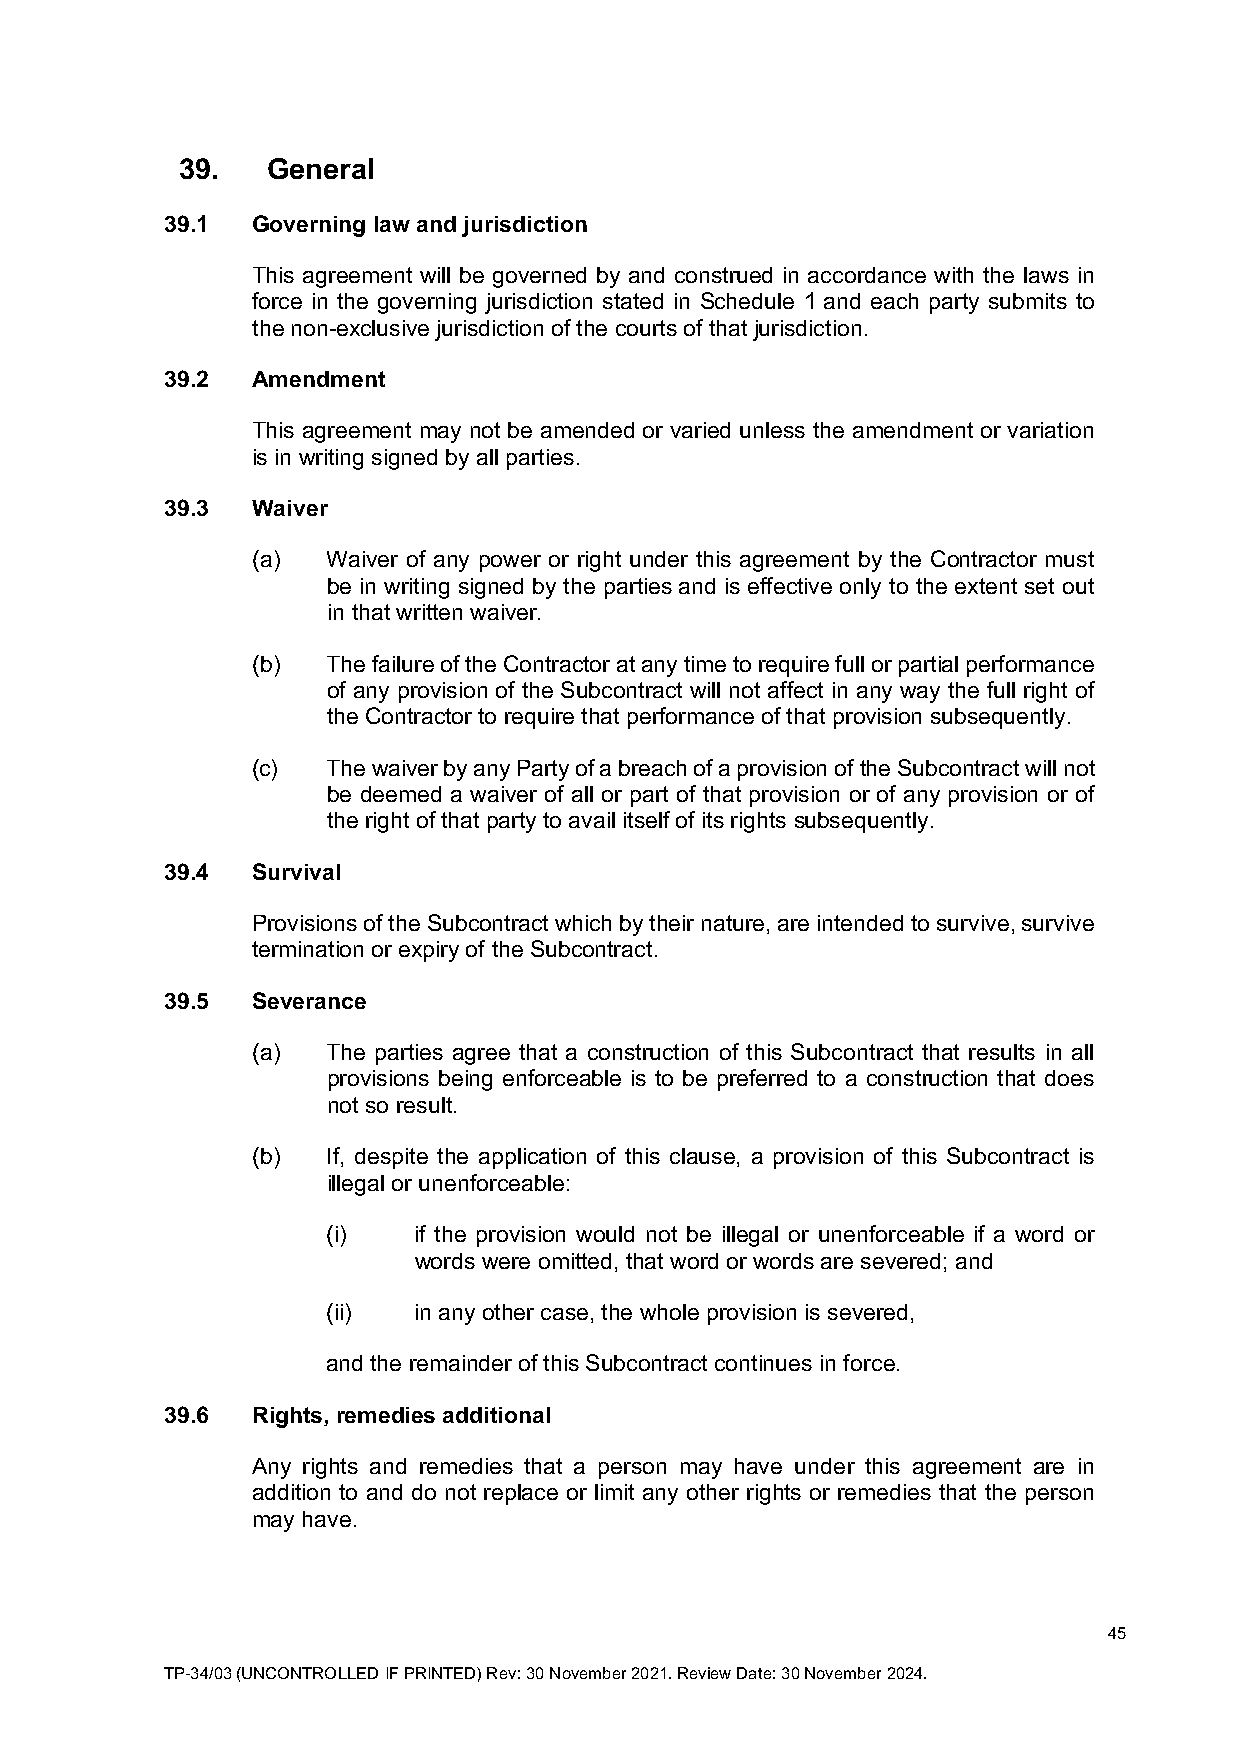
39.   General
 39.1  Governing law and jurisdiction
 This agreement will be governed by and construed in accordance with the laws in
 force in the governing jurisdiction stated in Schedule 1 and each party submits to
 the non-exclusive jurisdiction of the courts of that jurisdiction.
 39.2  Amendment
 This agreement may not be amended or varied unless the amendment or variation
 is in writing signed by all parties.
 39.3  Waiver
 (a)  Waiver of any power or right under this agreement by the Contractor must
 be in writing signed by the parties and is effective only to the extent set out
 in that written waiver.
 (b)  The failure of the Contractor at any time to require full or partial performance
 of any provision of the Subcontract will not affect in any way the full right of
 the Contractor to require that performance of that provision subsequently.
 (c)  The waiver by any Party of a breach of a provision of the Subcontract will not
 be deemed a waiver of all or part of that provision or of any provision or of
 the right of that party to avail itself of its rights subsequently.
 39.4  Survival
 Provisions of the Subcontract which by their nature, are intended to survive, survive
 termination or expiry of the Subcontract.
 39.5  Severance
 (a)  The parties agree that a construction of this Subcontract that results in all
 provisions being enforceable is to be preferred to a construction that does
 not so result.
 (b)  If, despite the application of this clause, a provision of this Subcontract is
 illegal or unenforceable:
 (i)  if the provision would not be illegal or unenforceable if a word or
 words were omitted, that word or words are severed; and
 (ii) in any other case, the whole provision is severed,
 and the remainder of this Subcontract continues in force.
 39.6  Rights, remedies additional
 Any rights and remedies that a person may have under this agreement are in
 addition to and do not replace or limit any other rights or remedies that the person
 may have.
 45
 TP-34/03 (UNCONTROLLED IF PRINTED) Rev: 30 November 2021. Review Date: 30 November 2024.